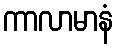
ကာလာမာနံ